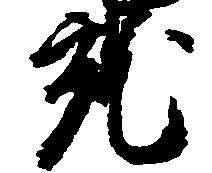
就